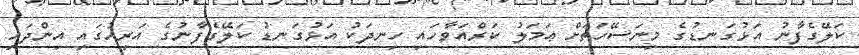
ކަލޭގެފާނު އަޅުގަނޑުގެ މިނަސޭހަތަށް ޢަމަލު ކަރްއަވާހައި ހިނދަކު އަޅުގަނޑު ކަލޭގެފާނުގެ އަރިހުގައި އިންދައި